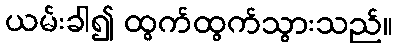
ယမ်းခါ၍ ထွက်ထွက်သွားသည်။